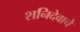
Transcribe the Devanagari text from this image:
शनिदेवाचे